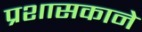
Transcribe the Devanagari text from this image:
प्रशासकाने